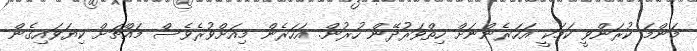
މަންމަ ކުރަންވީ ކަމަކީ އަހަރެންނަށް ހިތްވަރުދޭން ހުރުން. އަހަރެން މިއަށްވުރެވެސް މައްޗަށް ކިޔަވައިގެން